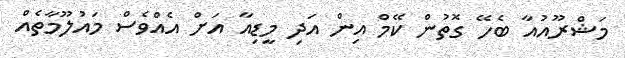
މަޝްރޫއުއާ ބެހޭ ގޮތުން ކޭމް އިން އަދި މީޑިއާ އަށް އެއްވެސް މައުލޫމާތެއް